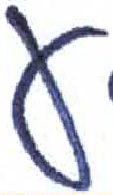
אות: ע